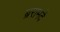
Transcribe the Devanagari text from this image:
ब्ररामदे